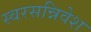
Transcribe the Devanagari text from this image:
स्वरसन्निवेश